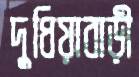
দুধিয়াবাড়ী